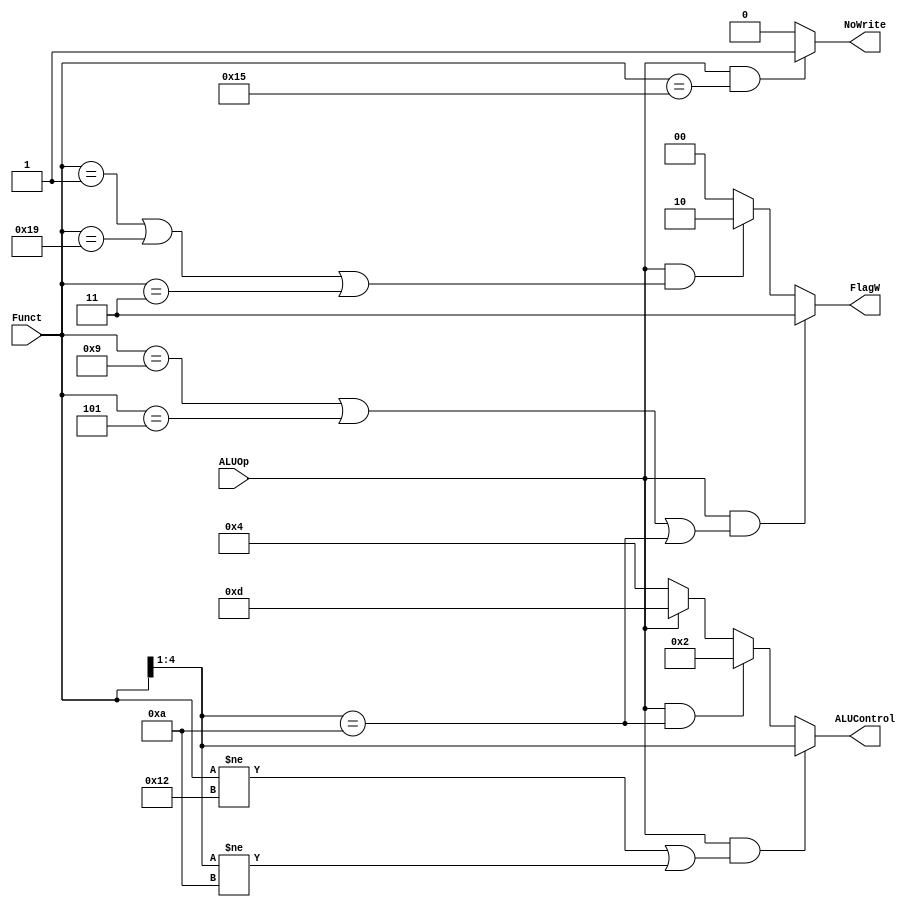
module ALUDecoder (input ALUOp, input [4:0] Funct, 
output [3:0] ALUControl, 
output [1:0] FlagW, 
output NoWrite
);

assign FlagW = (ALUOp & ((Funct == 5'b01001) | (Funct == 5'b00101) | (Funct[4:1] == 4'b1010) )) ? 2'b11 : //cmp added
			(ALUOp & ((Funct == 5'b00001)| (Funct == 5'b11001) | (Funct == 5'b00011)) ) ? 2'b10 : 2'b00; //exor added
			
assign ALUControl = (ALUOp & ((Funct[4:0] != 5'b10010) | (Funct[4:1] != 4'b1010))) ? Funct[4:1] :
 ALUOp & (Funct[4:1] == 4'b1010) ? 4'b0010 : 
 ~ALUOp ? 4'b0100 : 4'b1101; //BX and MOV included

assign NoWrite = (ALUOp & (Funct[4:0] == 5'b10101))? 1'b1 : 1'b0; //CMP


endmodule